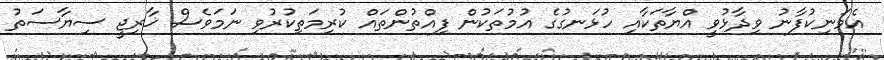
އެމަނިކުފާނު ވިދާޅުވީ އްޔާތަކާއި ހުޅަނގުގެ އުމުތަކުން ފިއްތުންތައް ކުރިމަތިކުރުވި ނަމަވެސް ޚާރިޖީ ސިޔާސަތު